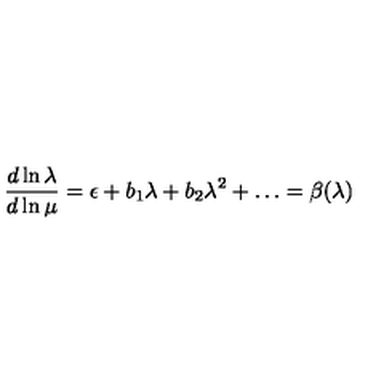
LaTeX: \frac { d \ln \lambda } { d \ln \mu } = \epsilon + b _ { 1 } \lambda + b _ { 2 } \lambda ^ { 2 } + \dots = \beta ( \lambda )